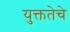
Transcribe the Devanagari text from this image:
युक्ततेचे